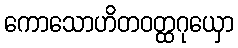
ကောသောဟိတဝတ္ထဂုယှော